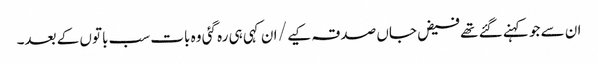
ان سے جو کہنے گئے تھے فیض جاں صدقہ کیے / ان کہی ہی رہ گئی وہ بات سب باتوں کے بعد۔